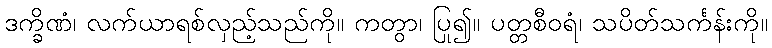
ဒက္ခိဏံ၊ လက်ယာရစ်လှည့်သည်ကို။ ကတွာ၊ ပြု၍။ ပတ္တစီဝရံ၊ သပိတ်သင်္ကန်းကို။